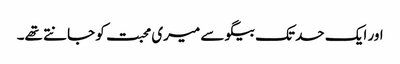
اور ایک حد تک بیگو سے میری محبت کو جانتے تھے۔